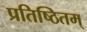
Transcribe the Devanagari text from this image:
प्रतिष्ठितम्